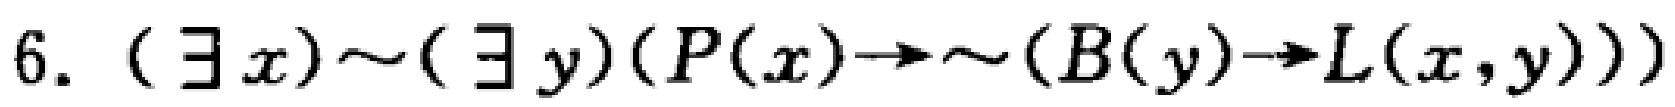
$6.\ (\exists x)\sim(\exists y)(P(x)\to\sim(B(y)\to L(x,y)))$